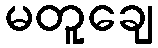
မတူချေ